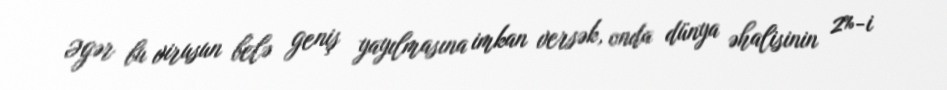
Əgər bu virusun belə geniş yayılmasına imkan versək, onda dünya əhalisinin 2%-i